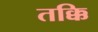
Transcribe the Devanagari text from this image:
तक्कि